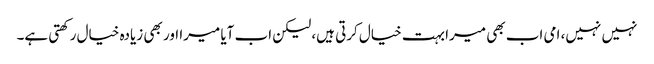
نہیں نہیں، امی اب بھی میرا بہت خیال کرتی ہیں، لیکن اب آیا میرا اور بھی زیادہ خیال رکھتی ہے۔